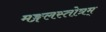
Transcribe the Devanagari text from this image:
मङ्गलस्तोत्रम्